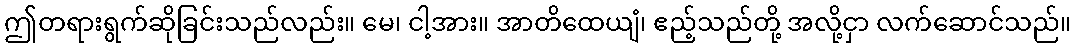
ဤတရားရွက်ဆိုခြင်းသည်လည်း။ မေ၊ ငါ့အား။ အာတိထေယျံ၊ ဧည့်သည်တို့ အလို့ငှာ လက်ဆောင်သည်။